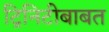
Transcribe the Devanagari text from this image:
ट्रिनिटीबाबत